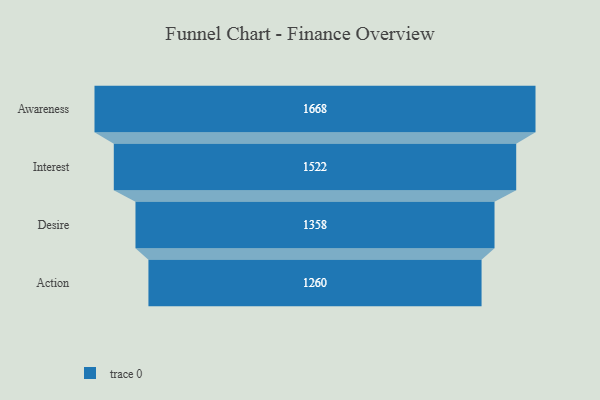
{"axis": {"x": "Stage", "y": "Value"}, "legend": [""], "data": [{"x": "Awareness", "y": 1668.0, "type": ""}, {"x": "Interest", "y": 1522.0, "type": ""}, {"x": "Desire", "y": 1358.0, "type": ""}, {"x": "Action", "y": 1260.0, "type": ""}]}